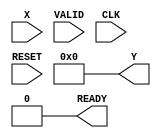
module DirectReciprocalUnit (
    input wire [15:0] X,   // Input data (fixed-point representation)
    input wire VALID,       // Valid signal
    input wire CLK,         // Clock signal
    input wire RESET,       // Asynchronous reset
    output reg [15:0] Y,    // Output data (reciprocal of X)
    output reg READY        // Ready signal
);

    // State definitions
    reg [1:0] state;
    parameter IDLE         = 2'b00;
    parameter COMPUTE      = 2'b01;
    parameter OUTPUT       = 2'b10;

    // Internal variables
    reg [15:0] internal_X;
    reg [15:0] approx;     // Current approximation of the reciprocal
    reg [3:0] iteration;   // Iteration counter

    // Initial conditions
    initial begin
        Y = 16'b0;
        READY = 1'b0;
        state = IDLE;
    end

    // Asynchronous Reset
    always @(posedge RESET) begin
        Y <= 16'b0;
        READY <= 1'b0;
        state <= IDLE;
    end

    // State machine process
    always @(posedge CLK) begin
        case(state)
            IDLE: begin
                if (VALID) begin
                    internal_X <= X;
                    approx <= 16'b0000000000000001; // Initial approximation (1)
                    iteration <= 4'd0;               // Reset iteration count
                    state <= COMPUTE;
                    READY <= 1'b0;
                end
            end

            COMPUTE: begin
                // Newton-Raphson method: approx = approx * (2 - internal_X * approx)
                if (iteration < 4'd5) begin
                    approx <= approx * (16'b10 - (internal_X * approx) >> 14); // Right shift to adjust for fixed-point
                    iteration <= iteration + 1;
                end else begin
                    Y <= approx; // Final approximation
                    state <= OUTPUT;
                end
            end

            OUTPUT: begin
                READY <= 1'b1;  // Indicate output is ready
                state <= IDLE;   // Return to IDLE state
            end
        endcase
    end

endmodule